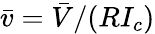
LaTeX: \bar{v}=\bar{V}/(RI_{c})